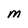
Character: M